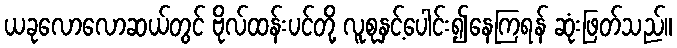
ယခုလောလောဆယ်တွင် ဗိုလ်ထန်းပင်တို့ လူစုနှင့်ပေါင်း၍နေကြရန် ဆုံးဖြတ်သည်။